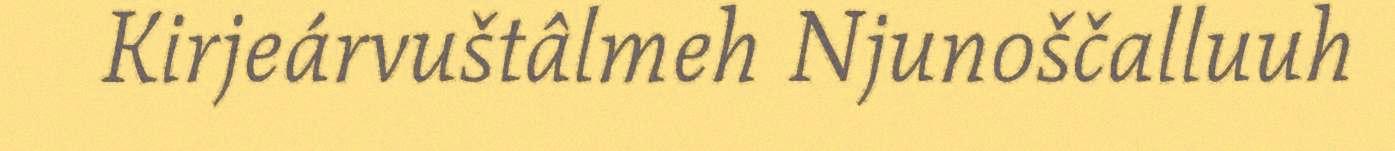
Kirjeárvuštâlmeh Njunoščalluuh